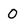
Character: O